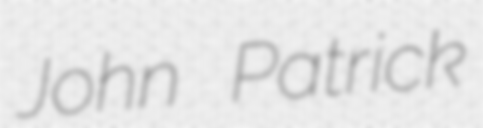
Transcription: John Patrick